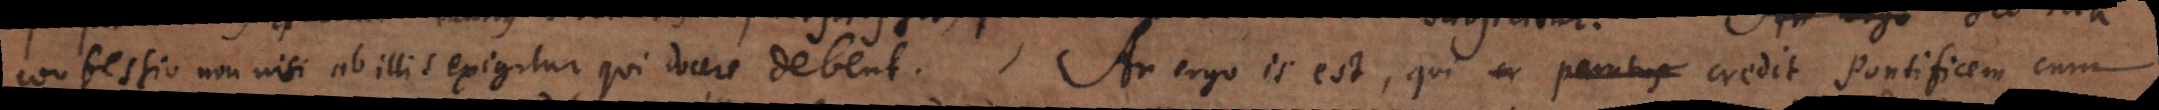
confessio non nisi ab illis exigitur qui docere debent. An ergo is est, qui er paratus credit Pontificem cum